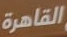
القاهرة